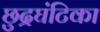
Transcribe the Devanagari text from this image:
छुद्रघंटिका